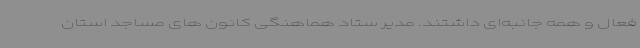
فعال و همه جانبه‌ای داشتند. مدیر ستاد هماهنگی کانون های مساجد استان